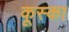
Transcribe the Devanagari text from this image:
कूस्का